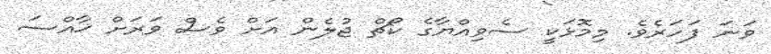
ވަނަ ފަހަރެވެ. މިމޮޅަކީ ސެވިއްޔާގެ ކޯޗް ޖުލެން އަށް ވެސް ވަރަށް ޚާއްސަ